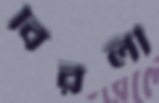
বিরলী